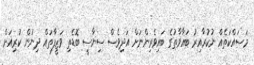
މަސައްކަތެއް ނުކުރާއިރު ބަޣާވާތުގެ ބައިވެރިންނަށް އަދިވެސް ސިޔާސީ ބޮޑެތި ވަޒީފާތައް ދިނުން ކުރިއަށް